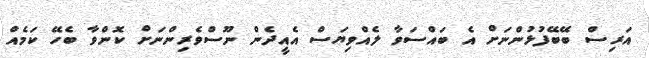
އަރިސް ބޭބޭފުޅުންނަށް އެ ބައްސަވާ ލެއްވިޔަސް އެއީދެން ނޫސްވެރިންނަށް ކޮންވާ ބެހޭ ކަމެއް